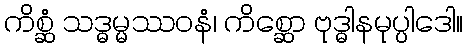
ကိစ္ဆံ သဒ္ဓမ္မဿဝနံ၊ ကိစ္ဆော ဗုဒ္ဓါနမုပ္ပါဒေါ။